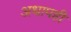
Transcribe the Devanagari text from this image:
अधापही